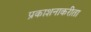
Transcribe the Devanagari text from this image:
प्रकाशनाकरीता